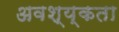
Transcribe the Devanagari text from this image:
अवश्य्कता